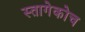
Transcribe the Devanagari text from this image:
स्तागेकोच